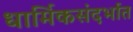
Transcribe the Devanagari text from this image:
धार्मिकसंदर्भात